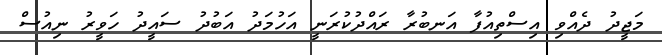
މަޖީދު ދެއްވި އިސްތިއުފާ އަނބުރާ ރައްދުކުރަނީ އަހުމަދު އަބުދު ސައީދު ހަވީރު ނިއުސް